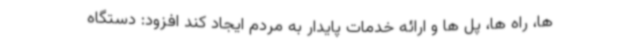
ها، راه ها، پل ها و ارائه خدمات پایدار به مردم ایجاد کند افزود: دستگاه